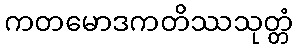
ကတမောဒကတိဿသုတ္တံ